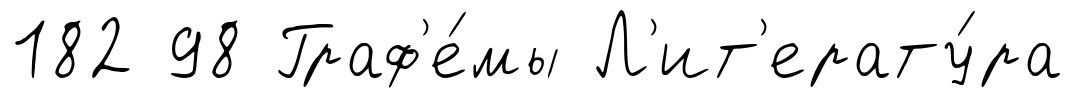
182 98 Граф'е́мы Л'ит'ерату́ра